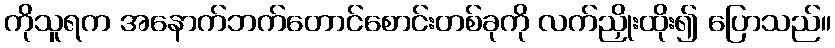
ကိုသူရက အနောက်ဘက်တောင်စောင်းတစ်ခုကို လက်ညှိုးထိုး၍ ပြောသည်။